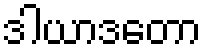
ဒါယာဒတော